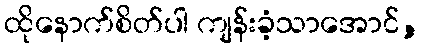
ထိုနောက်စိတ်ပါ ကျန်းခံ့သာအောင်,